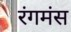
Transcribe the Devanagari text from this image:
रंगमंस